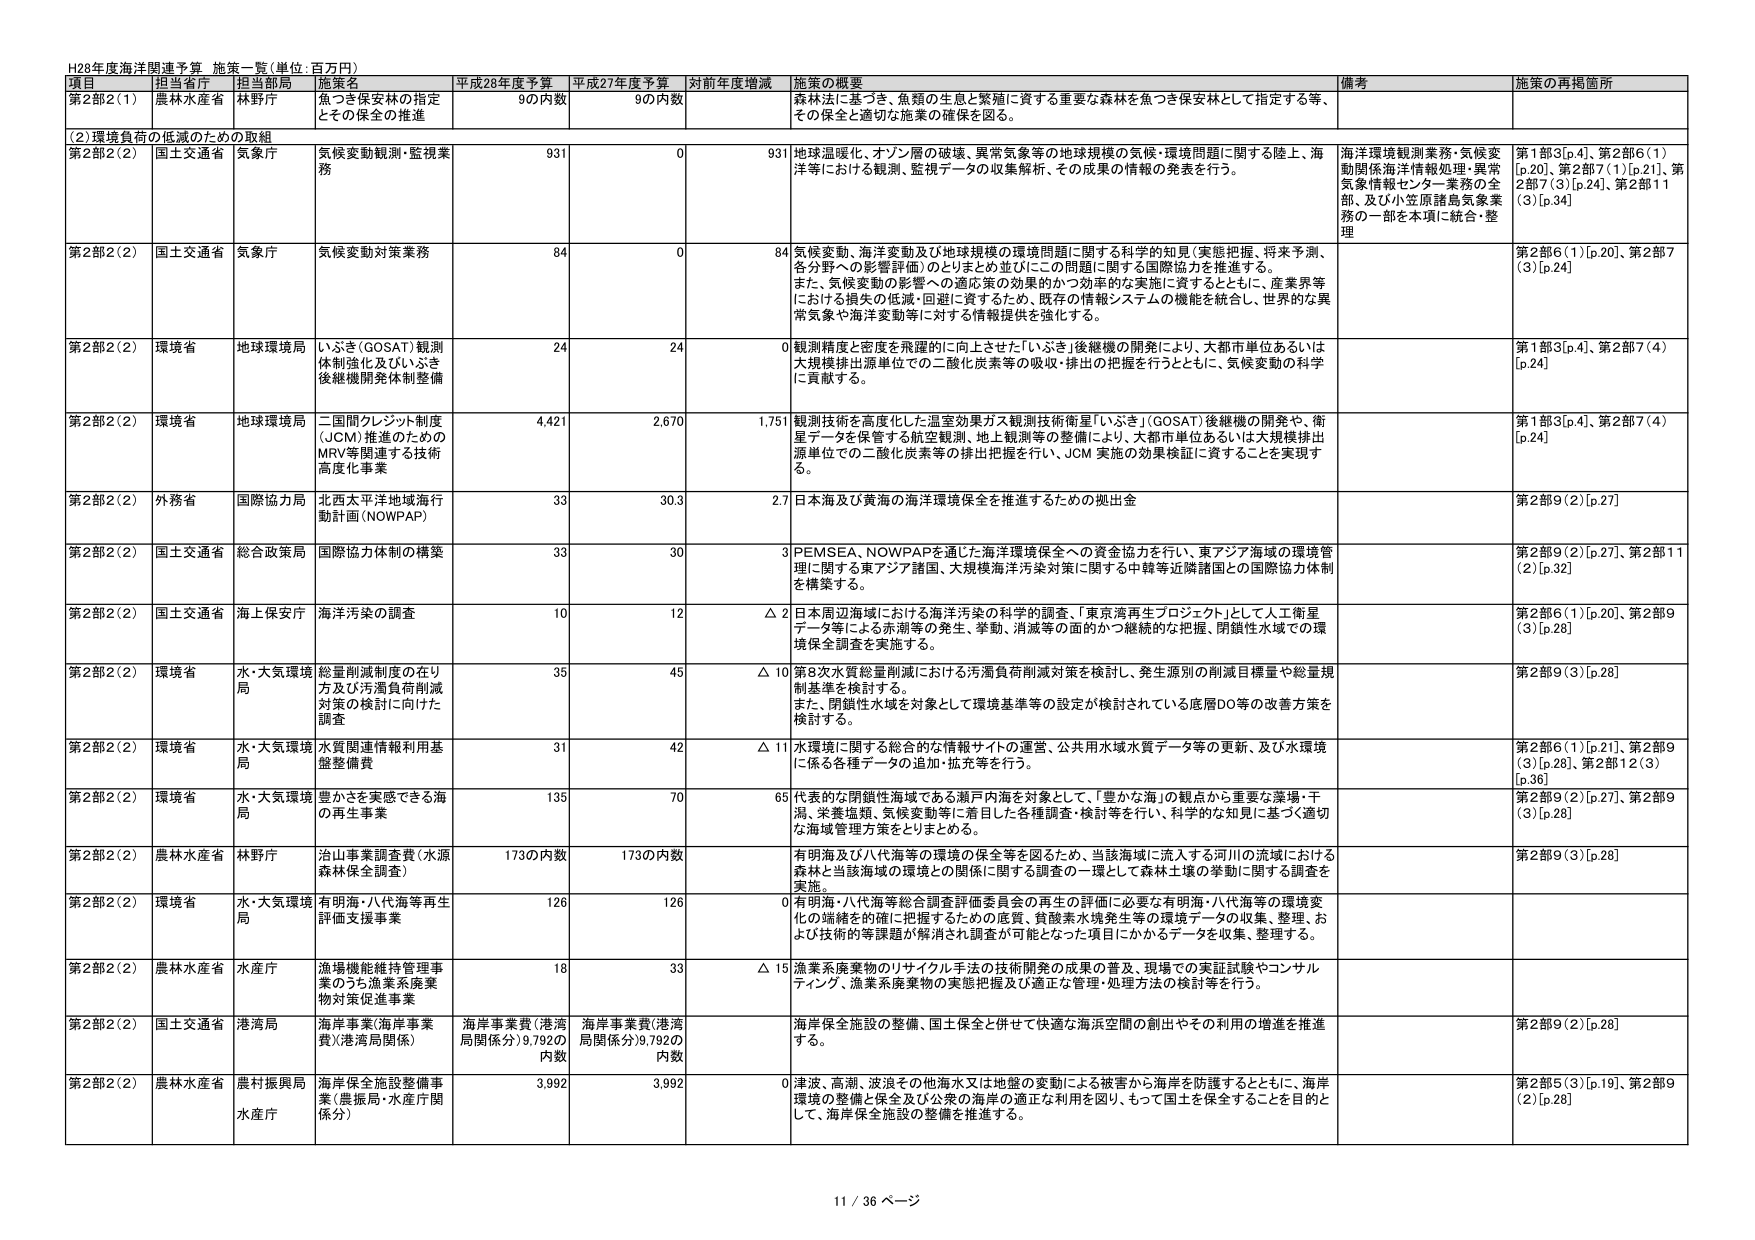
H28年度海洋関連予算 施策一覧（単位：百万円）

項目 担当省庁 担当部局 施策名 平成28年度予算 平成27年度予算 対前年度増減 施策の概要 備考 施策の再掲箇所

第2部2（1） 農林水産省 林野庁 魚つき保安林の指定 とその保全の推進 9の内数 9の内数 森林法に基づき、魚類の生息と繁殖に資する重要な森林を魚つき保安林として指定する等、 その保全と適切な施策の確保を図る。

（2）環境負荷の低減のための取組

第2部2（2） 国土交通省 気象庁 気候変動観測・監視業務 931 0 931 地球温暖化、オゾン層の破壊、異常気象等の地球規模の気候・環境問題に関する陸上、海 洋等における観測、監視データの収集解析、その成果の情報の発表を行う。 海洋環境観測業務・気候変 動関係海洋情報処理・異常 気象情報センター業務の全 部、及び小笠原諸島気象業 務の一部を本項に統合・整 理 第1部3[p.4]、第2部6（1） [p.20]、第2部7（1）[p.21]、第 2部7（3）[p.24]、第2部11 （3）[p.34]

第2部2（2） 国土交通省 気象庁 気候変動対策業務 84 0 84 気候変動、海洋変動及び地球規模の環境問題に関する科学的知見（実態把握、将来予測、 各分野への影響評価）のとりまとめ並びにこの問題に関する国際協力を推進する。 また、気候変動の影響への適応策の効果的かつ効率的な実施に資するとともに、産業界等 における損失の低減・回避に資するため、既存の情報システムの機能を統合し、世界的な異 常気象や海洋変動等に対する情報提供を強化する。 第2部6（1）[p.20]、第2部7 （3）[p.24]

第2部2（2） 環境省 地球環境局 いぶき（GOSAT）観測 体制強化及びいぶき 後継機開発体制整備 24 24 0 観測精度と密度を飛躍的に向上させた「いぶき」後継機の開発により、大都市単位あるいは 大規模排出源単位での二酸化炭素等の吸収・排出の把握を行うとともに、気候変動の科学 に貢献する。 第1部3[p.4]、第2部7（4） [p.24]

第2部2（2） 環境省 地球環境局 二国間クレジット制度 （JCM）推進のための MRV等関連する技術 高度化事業 4,421 2,670 1,751 観測技術を高度化した温室効果ガス観測技術衛星「いぶき」（GOSAT）後継機の開発や、衛 星データを保管する航空観測、地上観測等の整備により、大都市単位あるいは大規模排出 源単位での二酸化炭素等の排出把握を行い、JCM 実施の効果検証に資することを実現す る。 第1部3[p.4]、第2部7（4） [p.24]

第2部2（2） 外務省 国際協力局 北西太平洋地球海行 動計画（NOWPAP） 33 30.3 2.7 日本海及び黄海の海洋環境保全を推進するための拠出金 第2部9（2）[p.27]

第2部2（2） 国土交通省 総合政策局 国際協力体制の構築 33 30 3 PEMSEA、NOWPAPを通じた海洋環境保全への資金協力を行い、東アジア海域の環境管 理に関する東アジア諸国、大規模海洋汚染対策に関する中韓等近隣諸国との国際協力体制 を構築する。 第2部9（2）[p.27]、第2部11 （2）[p.32]

第2部2（2） 国土交通省 海上保安庁 海洋汚染の調査 10 12 △ 2 日本周辺海域における海洋汚染の科学的調査、「東京湾再生プロジェクト」として人工衛星 データ等による赤潮等の発生、挙動、消滅等の面的かつ継続的な把握、閉鎖性水域での環 境保全調査を実施する。 第2部6（1）[p.20]、第2部9 （3）[p.28]

第2部2（2） 環境省 水・大気環境 局 総量削減制度の在り 方及び汚濁負荷削減 対策の検討に向けた 調査 35 45 △ 10 第8次水質総量削減における汚濁負荷削減対策を検討し、発生源別の削減目標量や総量規 制基準を検討する。 また、閉鎖性水域を対象として環境基準等の設定が検討されている底層DO等の改善方策を 検討する。 第2部9（3）[p.28]

第2部2（2） 環境省 水・大気環境 局 水質関連情報利用基 盤整備費 31 42 △ 11 水環境に関する総合的な情報サイトの運営、公共用水域水質データ等の更新、及び水環境 に係る各種データの追加・拡充等を行う。 第2部6（1）[p.21]、第2部9 （3）[p.28]、第2部12（3） [p.36]

第2部2（2） 環境省 水・大気環境 局 豊かさを実感できる海 の再生事業 135 70 65 代表的な閉鎖性海域である瀬戸内海を対象として、「豊かな海」の観点から重要な藻場・干 潟、栄養塩類、気候変動等に着目した各種調査・検討等を行い、科学的な知見に基づく適切 な海域管理方策をとるための。 第2部9（2）[p.27]、第2部9 （3）[p.28]

第2部2（2） 農林水産省 林野庁 治山事業調査費（水源 森林保全調査） 173の内数 173の内数 有明海及び八代海等の環境の保全等を図るため、当該海域に流入する河川の流域における 森林と当該海域の環境との関係に関する調査の一環として森林土壌の挙動に関する調査を 実施。 第2部9（3）[p.28]

第2部2（2） 環境省 水・大気環境 局 有明海・八代海等再生 評価支援事業 126 126 0 有明海・八代海等総合調査評価委員会の再生の評価に必要な有明海・八代海等の環境変 化の端緒を的確に把握するための底質、貧酸素水塊発生等の環境データの収集、整理、お よび技術的等課題が解消され調査が可能となった項目にかかるデータを収集、整理する。

第2部2（2） 農林水産省 水産庁 漁場機能維持管理事 業のうち漁業系廃棄 物対策促進事業 18 33 △ 15 漁業系廃棄物のリサイクル手法の技術開発の成果の普及、現場での実証試験やコンサル ティング、漁業系廃棄物の実態把握及び適正な管理・処理方法の検討等を行う。

第2部2（2） 国土交通省 港湾局 海岸事業（海岸事業 費）（港湾局関係） 海岸事業費（港湾 局関係分）9,792の 内数 海岸事業費（港湾 局関係分）9,792の 内数 海岸保全施設の整備、国土保全と併せて快適な海浜空間の創出やその利用の増進を推進 する。 第2部9（2）[p.28]

第2部2（2） 農林水産省 農村振興局 水産庁 海岸保全施設整備事 業（農振局・水産庁関 係分） 3,992 3,992 0 津波、高潮、波浪その他海水又は地盤の変動による被害から海岸を防護するとともに、海岸 環境の整備と保全及び公衆の海岸の適正な利用を図り、もって国土を保全することを目的と して、海岸保全施設の整備を推進する。 第2部5（3）[p.19]、第2部9 （2）[p.28]

11 / 36 ページ